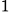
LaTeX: ^{\small 1}